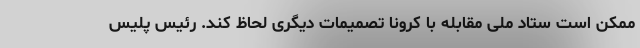
ممکن است ستاد ملی مقابله با کرونا تصمیمات دیگری لحاظ کند. رئیس پلیس